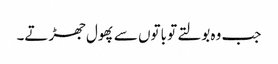
جب وہ بولتے تو باتوں سے پھول جھڑتے۔